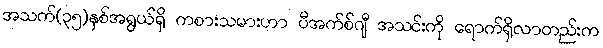
အသက်(၃၅)နှစ်အရွယ်ရှိ ကစားသမားဟာ ပီအက်စ်ဂျီ အသင်းကို ရောက်ရှိလာတည်းက